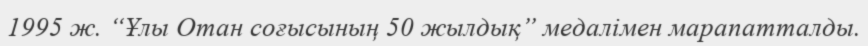
1995 ж. “Ұлы Отан соғысының 50 жылдық” медалімен марапатталды.